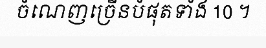
ចំណេញច្រើនបំផុតទាំង 10 ។